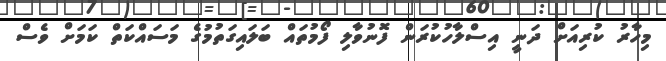
މިހާރު ކުރިއަށް ދަނީ އިސްލާހުކުރަން ފޮނުވާލި ފޯމުތައް ބަލައިގަތުމުގެ މަސައްކަތް ކަމަށް ވެސް